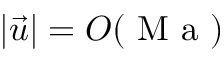
\vert \vec { u } \vert = O ( \mathrm { ~ M ~ a ~ } )